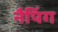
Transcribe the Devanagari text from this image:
नैपिंग